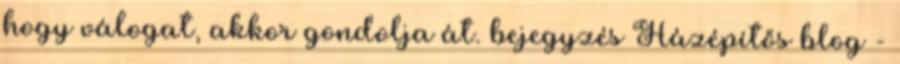
hogy válogat, akkor gondolja át. bejegyzés Házépítős blog -